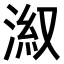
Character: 𣷕